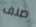
صنف